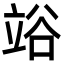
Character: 𥪉